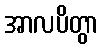
အာလပိတွာ